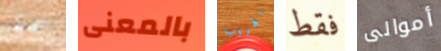
سمة بالمعنى الهروب فقط أموالى